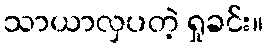
သာယာလှပတဲ့ ရှုခင်း။